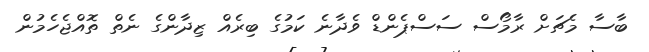
ބާސާ މެޗަށް ރާމޯސް ސަސްޕެންޑް ވެދާނެ ކަމުގެ ބިރެއް ޒިދާންގެ ނެތް ތޮއްޖެހެމުން